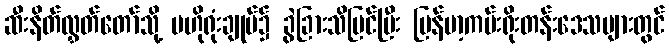
ဆီးနိတ်လွှတ်တော်သို့ ဗဟိုရုံးချုပ်၌ ခွဲခြားသိမြင်ပြီး မြန်မာ့ကမ်းရိုးတန်းဒေသများတွင်